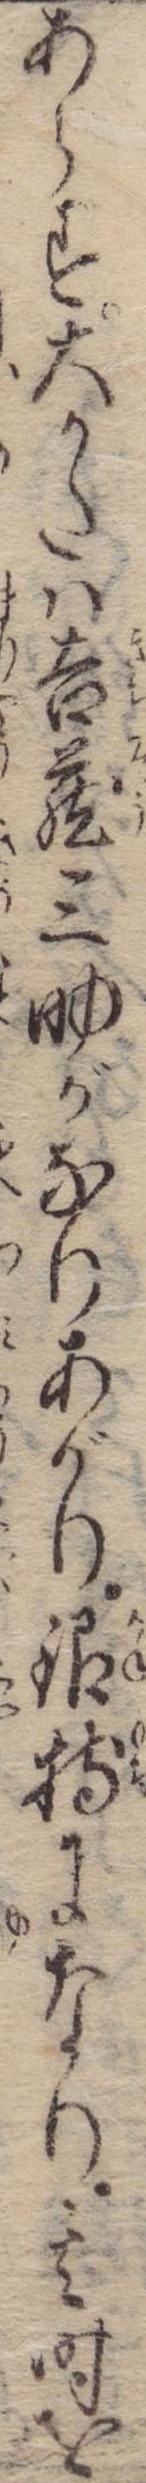
あらず大かたは吉蔵三助がなりあがり銀持になり其時を